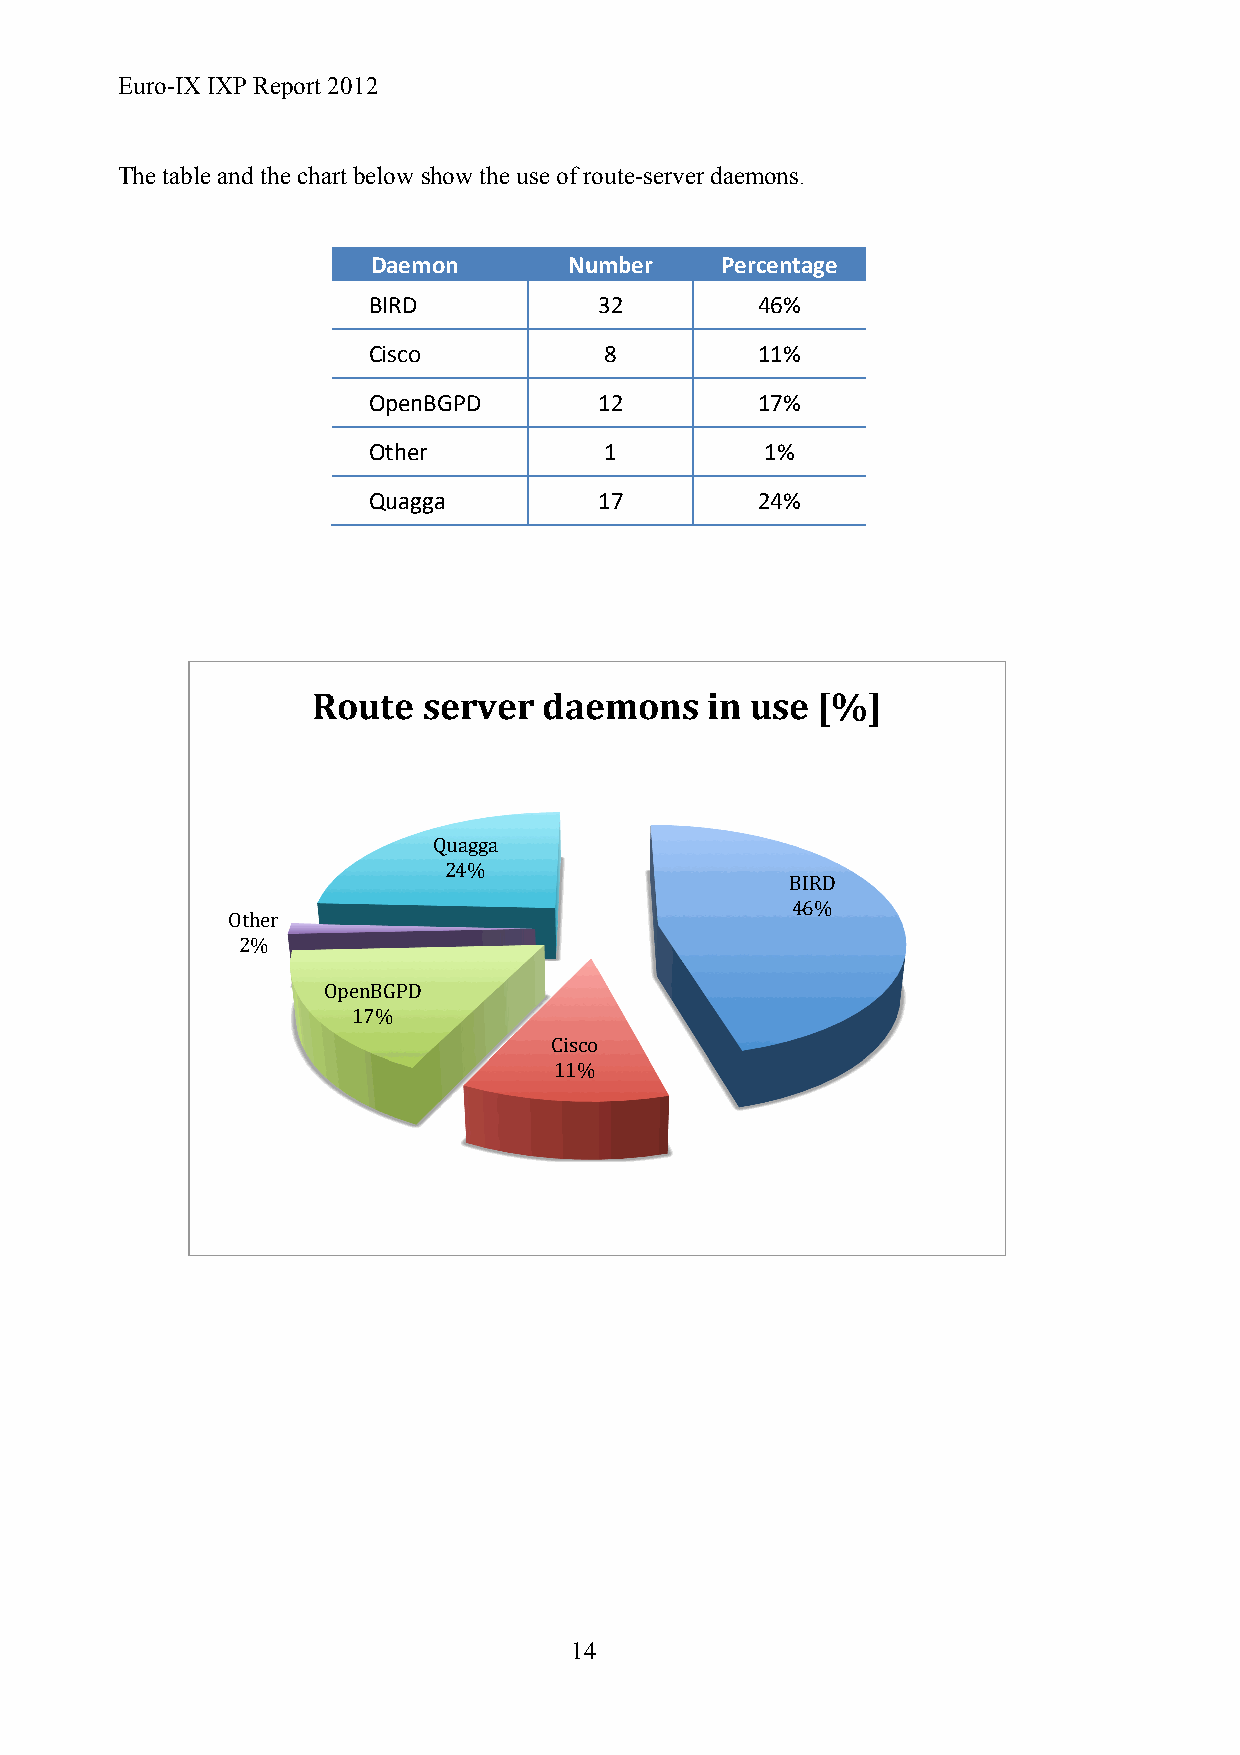
Euro-IX IXP Report 2012
 The table and the chart below show the use of route-server daemons.
 Daemon       Number    Percentage
 BIRD            32        46%
 Cisco           8         11%
 OpenBGPD        12        17%
 Other           1          1%
 Quagga          17        24%
 Route  server  daemons    in use [%]
 Quagga
 24%
 BIRD
 46%
 Other
 2%
 OpenBGPD
 17%
 Cisco
 11%
 14